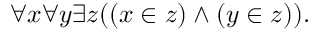
\forall x \forall y \exists z ( ( x \in z ) \land ( y \in z ) ) .